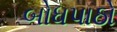
બોધપાઠો